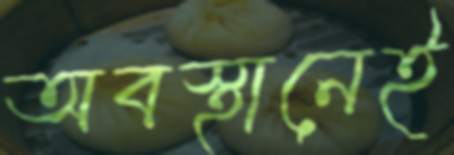
অবস্থানেই